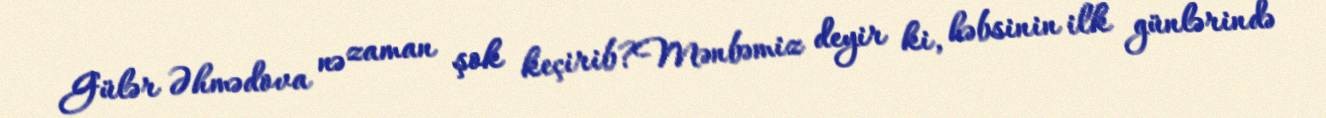
Gülər Əhmədova nə zaman şok keçirib?Mənbəmiz deyir ki, həbsinin ilk günlərində